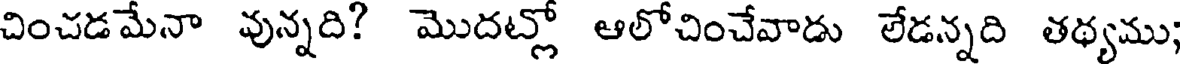
చించడమేనా వున్నది? మొదట్లో ఆలోచించేవాడు లేడన్నది తథ్యము;